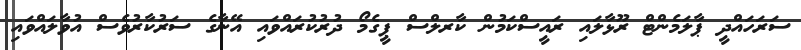
ސަރަހައްދީ ޕާލަމެންޓް ރޫޅާލައި ރައީސްކަމުން ކާރލްސް ޕީގެމޯ ދުރުކުރައްވައި އޭނާގެ ސަރުކާރުވެސް އުވާލައްވައި